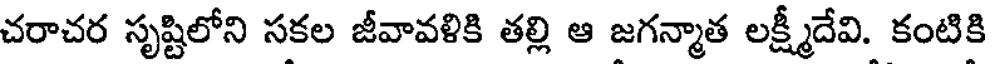
చరాచర సృష్టిలోని సకల జీవావళికి తల్లి ఆ జగన్మాత లక్ష్మీదేవి. కంటికి